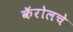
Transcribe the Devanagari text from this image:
कॅरोलचे